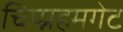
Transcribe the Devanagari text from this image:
चिप्प्नहमगेट